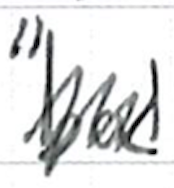
Text: "bad
Cross-out: zig-zag
Writing tool: ballpoint